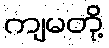
ကျမတို့